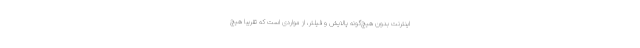
اینترنت بدون هیچ‌گونه پالایش و فیلتر، از مواردی است که تقریبا هیچ